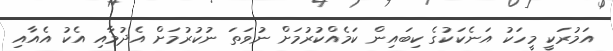
އަމުރަކީ މީހަކު އަނެކަކުގެ ކިބައިން ކަމެއްކުރުމަށް ނުވަތަ ނުކުރުމަށް އެދުމާއި އެކު އެއާއި